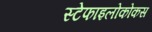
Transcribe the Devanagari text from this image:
स्टेफाइलोकोकस